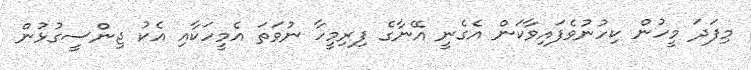
މިފަދަ މީހުން ކިހުނުވެފައިވާކަން އެގެނީ އޭނާގެ ފިރިމީހާ ނުވަތަ އެމީހަކާއި އެކު ޖިންސީގުޅުން